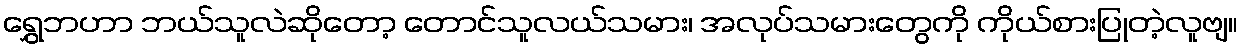
ရွှေဘဟာ ဘယ်သူလဲဆိုတော့ တောင်သူလယ်သမား၊ အလုပ်သမားတွေကို ကိုယ်စားပြုတဲ့လူဗျ။